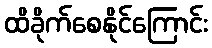
ထိခိုက်စေနိုင်ကြောင်း